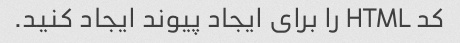
کد HTML را برای ایجاد پیوند ایجاد کنید.